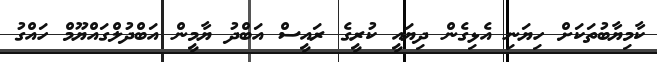
ކާމިޔާބުތަކަށް ހިޔަނި އެޅިގެން ދިޔައީ ކުރީގެ ރައީސް އަބްދު ޔާމީން އަބްދުލްގައްޔޫމް ހައްގު